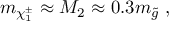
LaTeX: m _ { \chi _ { 1 } ^ { \pm } } \approx M _ { 2 } \approx 0 . 3 m _ { \tilde { g } } \ ,